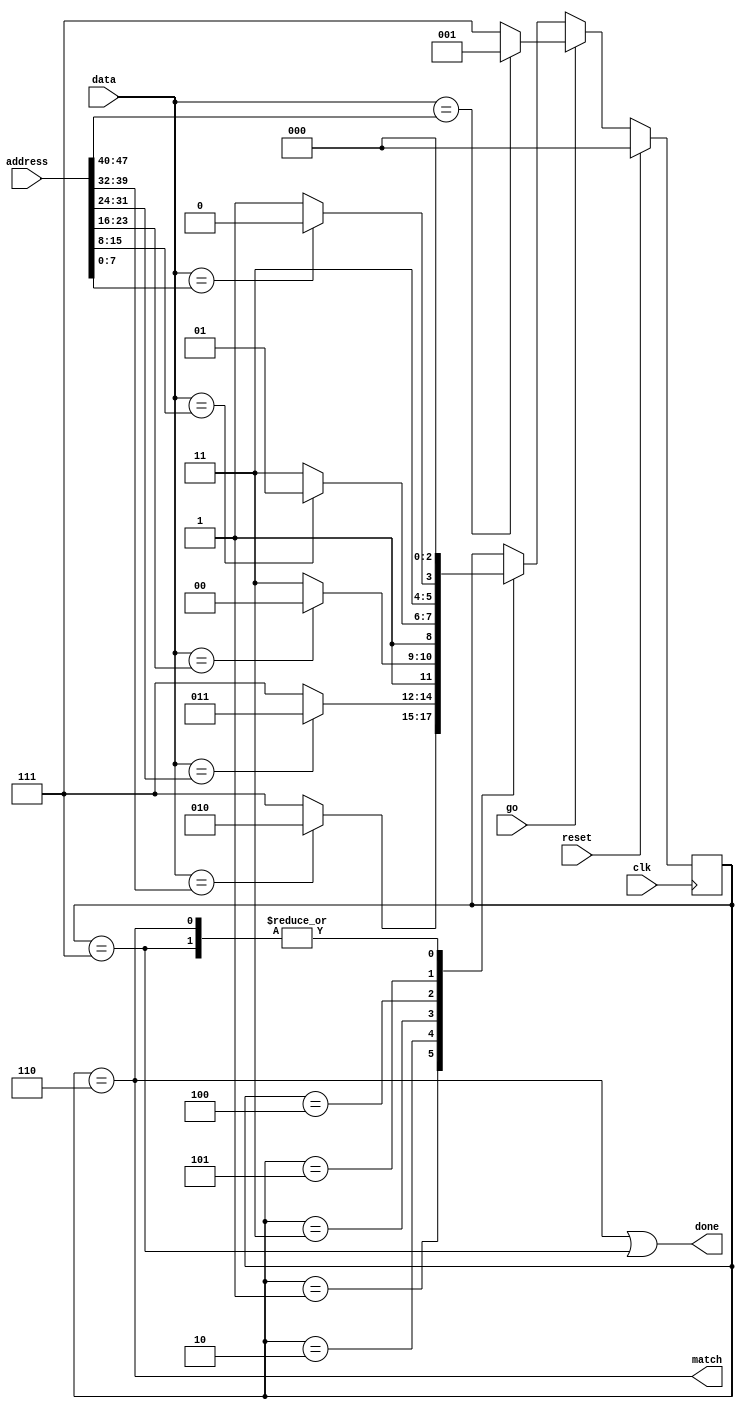
`timescale 1ns / 1ps
//////////////////////////////////////////////////////////////////////////////////
// Company: 
// Engineer: 
// 
// Design Name: 
// Module Name:    address_filter 
// Project Name: 
// Target Devices: 
// Tool versions: 
// Description: 
//
// Dependencies: 
//
// Revision: 
// Revision 0.01 - File Created
// Additional Comments: 
//
//////////////////////////////////////////////////////////////////////////////////
module address_filter
  (input clk,
   input reset,
   input go,
   input [7:0] data,
   input [47:0] address,
   output match,
   output done);

   reg [2:0] af_state;

   always @(posedge clk)
     if(reset)
       af_state     <= 0;
     else
       if(go)
	 af_state <= (data == address[47:40]) ? 3'd1 : 3'd7;
       else
	 case(af_state)
	   1 : af_state <= (data == address[39:32]) ? 3'd2 : 3'd7;
	   2 : af_state <= (data == address[31:24]) ? 3'd3 : 3'd7;
	   3 : af_state <= (data == address[23:16]) ? 3'd4 : 3'd7;
	   4 : af_state <= (data == address[15:8])  ? 3'd5 : 3'd7;
	   5 : af_state <= (data == address[7:0]) ? 3'd6 : 3'd7;
	   6, 7 : af_state <= 0;
	 endcase // case (af_state)

   assign match  = (af_state==6);
   assign done 	 = (af_state==6)|(af_state==7);
   

endmodule